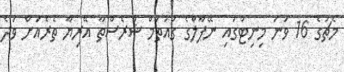
މެޗުގެ 16 ވަނަ މިނިޓުގައި ނޭޕާލްގެ ގައުތަމް ޝްރެސްތާ އޭރިޔާ ތެރެއަށް ވަދެ